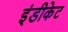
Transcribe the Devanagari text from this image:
इंडीकेट